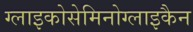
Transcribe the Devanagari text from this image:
ग्लाइकोसेमिनोग्लाइकैन